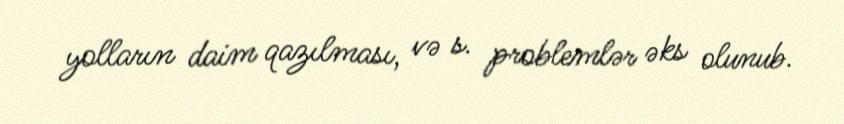
yolların daim qazılması, və s. problemlər əks olunub.